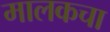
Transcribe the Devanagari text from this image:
मालकचा